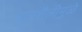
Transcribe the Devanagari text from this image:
नृत्यशैलीमुळे